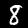
Label: 8